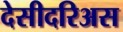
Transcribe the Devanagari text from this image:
देसीदरिअस